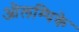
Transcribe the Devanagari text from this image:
ओलम्पिके